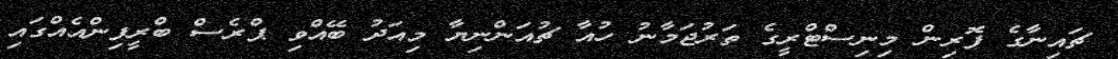
ޗައިނާގެ ފޮރިން މިނިސްޓްރީގެ ތަރުޖަމާނު ހުއާ ޗުއަންނިޔާ މިއަދު ބޭއްވި ޕްރެސް ބްރީފިންއެއްގައި